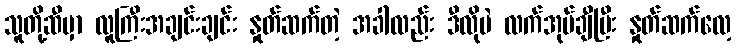
သူတို့ဆီမှာ လူကြီးအချင်းချင်း နှုတ်ဆက်တဲ့ အခါလည်း ဒီလိုပဲ လက်အုပ်ချီပြီး နှုတ်ဆက်လေ့